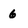
Character: 6